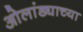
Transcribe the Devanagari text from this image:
ओलांड्याच्या